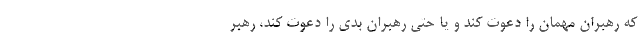
که رهبران مهمان را دعوت کند و یا حتی رهبران بدی را دعوت کند، رهبر